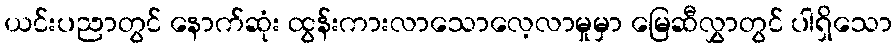
ယင်းပညာတွင် နောက်ဆုံး ထွန်းကားလာသောလေ့လာမှုမှာ မြေဆီလွှာတွင် ပါရှိသော